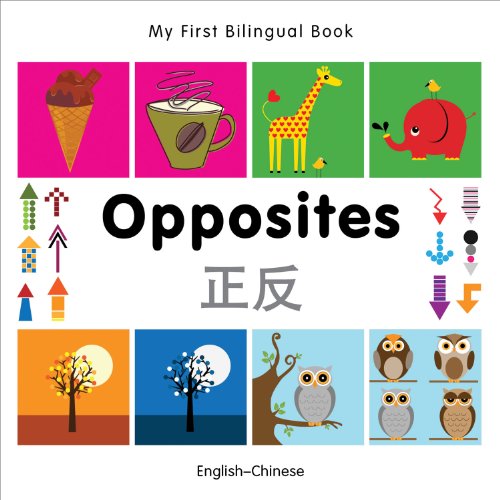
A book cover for My First Bilingual Book-Opposites (English-Chinese); Milet Publishing; Reference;